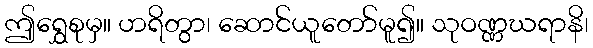
ဤရွှေစုမှ။ ဟရိတွာ၊ ဆောင်ယူတော်မူ၍။ သုဝဏ္ဏဃရာနိ၊